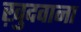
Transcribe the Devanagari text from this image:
ख़ुदवाना